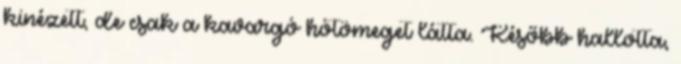
kinézett, de csak a kavargó hótömeget látta. Később hallotta,